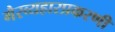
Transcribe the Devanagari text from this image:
गैरव्यहारप्रकरणी